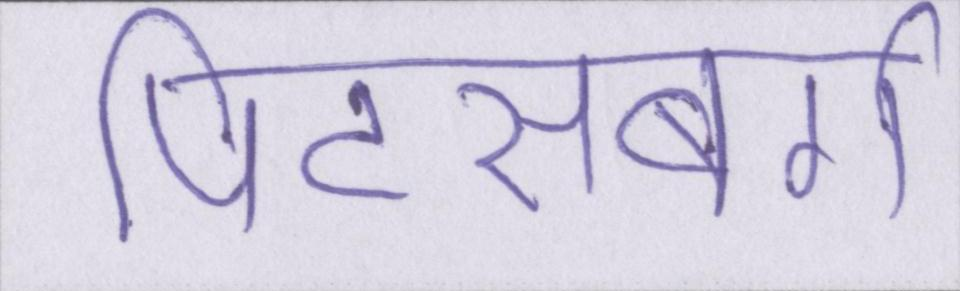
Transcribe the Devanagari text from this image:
पिट्सबर्ग